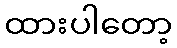
ထားပါတော့